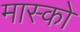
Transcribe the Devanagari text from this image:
मास्‍को